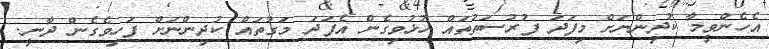
އެހެންވީމާ ކުދިންނަށް މިފަދަ ފުރުސަތުތައް ހުޅުވިގެން އެފަދަ މަގުތައް ކުދިންނަށް ފަހިވެގެން ދާނީ.